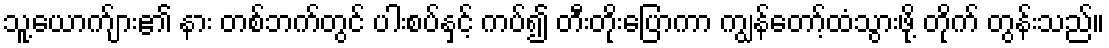
သူ့ယောက်ျား၏ နား တစ်ဘက်တွင် ပါးစပ်နှင့် ကပ်၍ တီးတိုးပြောကာ ကျွန်တော့်ထံသွားဖို့ တိုက် တွန်းသည်။